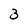
Character: 3